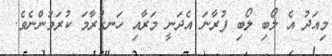
މިއަދު އެ ލޯބި ލޯބި ފުރާނަ އެދަނީ މަރާއި ހަނގުރާމަ ކުރަމުންނެވެ.